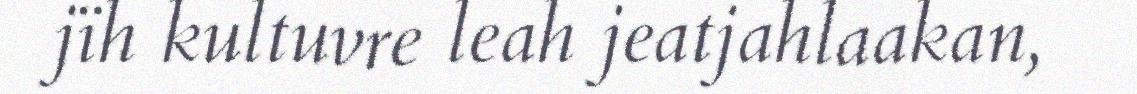
jïh kultuvre leah jeatjahlaakan,